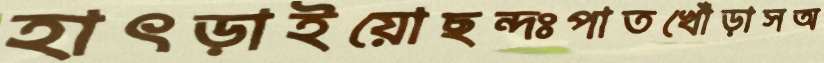
হাৎড়াইয়োছন্দঃপাতখোঁড়াসঅ